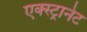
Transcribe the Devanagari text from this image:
एक्स्ट्रानेट